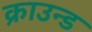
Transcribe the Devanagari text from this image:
क्राउन्ड